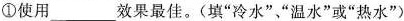
①使用___效果最佳。(填”冷水””温水”或”热水”